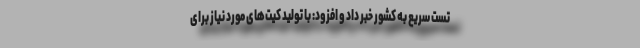
تست سریع به کشور خبر داد و افزود: با تولید کیت‌های مورد نیاز برای